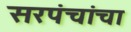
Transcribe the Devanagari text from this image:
सरपंचांचा